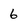
Character: 6